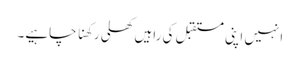
انہیں اپنی مستقبل کی راہیں کھلی رکھنا چاہیے۔